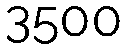
3500